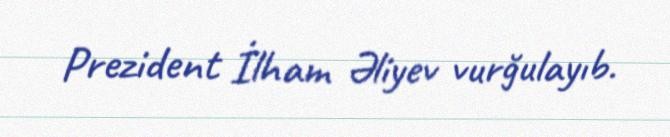
Prezident İlham Əliyev vurğulayıb.